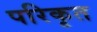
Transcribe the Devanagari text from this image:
परिकृत